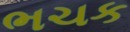
ભચક